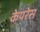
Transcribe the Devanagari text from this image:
केयरेस